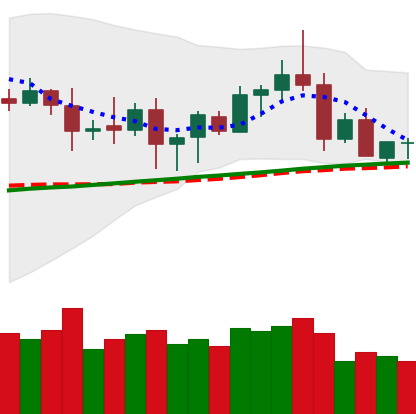
Ticker: ETC-USD
Chart end date: 2020-08-23
Forward return: -3.953%
Label: down_3_5